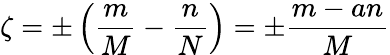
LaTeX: \zeta=\pm\left(\frac{m}{M}-\frac{n}{N}\right)=\pm\frac{m-an}{M}